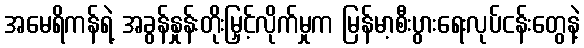
အမေရိကန်ရဲ့ အခွန်နှုန်းတိုးမြှင့်လိုက်မှုက မြန်မာ့စီးပွားရေးလုပ်ငန်းတွေနဲ့